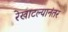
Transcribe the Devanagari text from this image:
रेखाटल्यानंतर